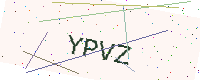
Text: YPVZ